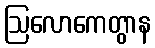
ဩလောကေတွာန